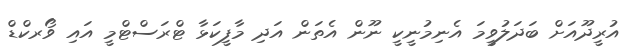
އުރީދޫއަށް ބަދަލުވީމަ އެނިމުނީކީ ނޫން އެތަން އަދި މާފީކަޅާ ޓްރަސްޓްމީ އައި ވޯރކްޑް